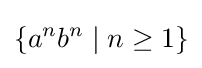
\left\{a^{n}b^{n}\mid n\geq 1\right\}